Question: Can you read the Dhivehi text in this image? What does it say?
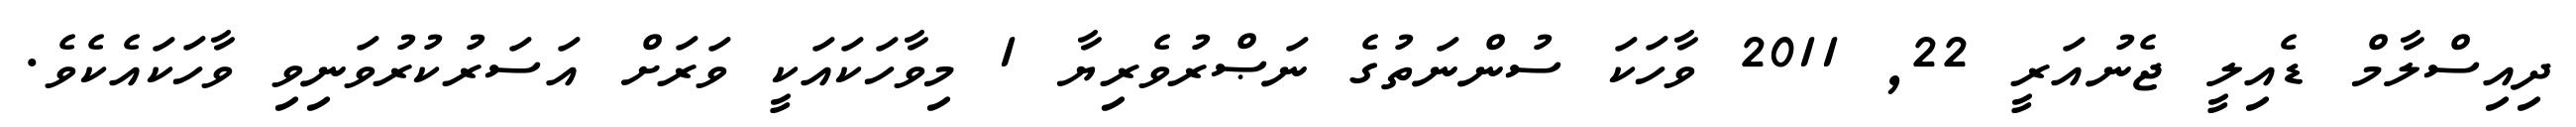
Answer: ދިއިސްލާމް ޑެއިލީ ޖެނުއަރީ 22, 2011 ވާހަކަ ސުންނަތުގެ ނަޞްރުވެރިޔާ 1 މިވާހަކައަކީ ވަރަށް އަސަރުކުރުވަނިވި ވާހަކައެކެވެ.